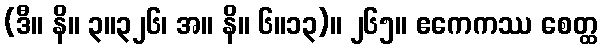
(ဒီ။ နိ။ ၃။၃၂၆၊ အ။ နိ။ ၆။၁၃)။ ၂၆၅။ ဧကေကဿ စေတ္ထ